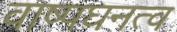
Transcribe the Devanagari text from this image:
वाष्पघनत्व